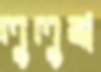
লুলুম্বা